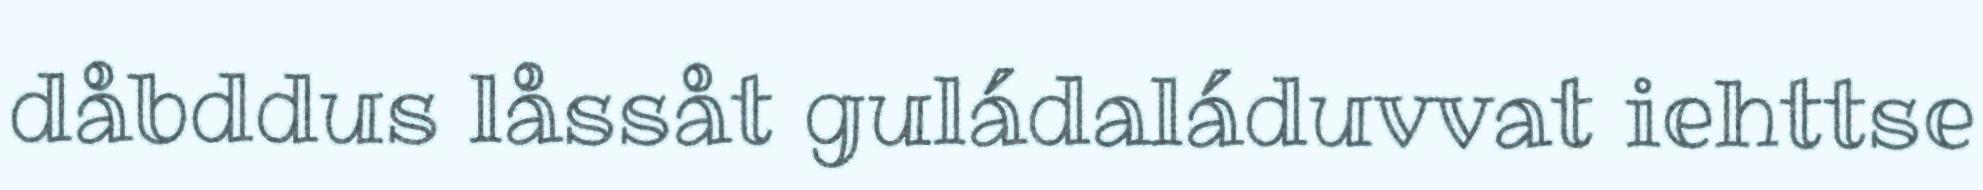
dåbddus låssåt guládaláduvvat iehttse